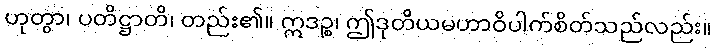
ဟုတွာ၊ ပတိဋ္ဌာတိ၊ တည်း၏။ ဣဒဉ္စ၊ ဤဒုတိယမဟာဝိပါက်စိတ်သည်လည်း။